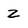
Character: 2